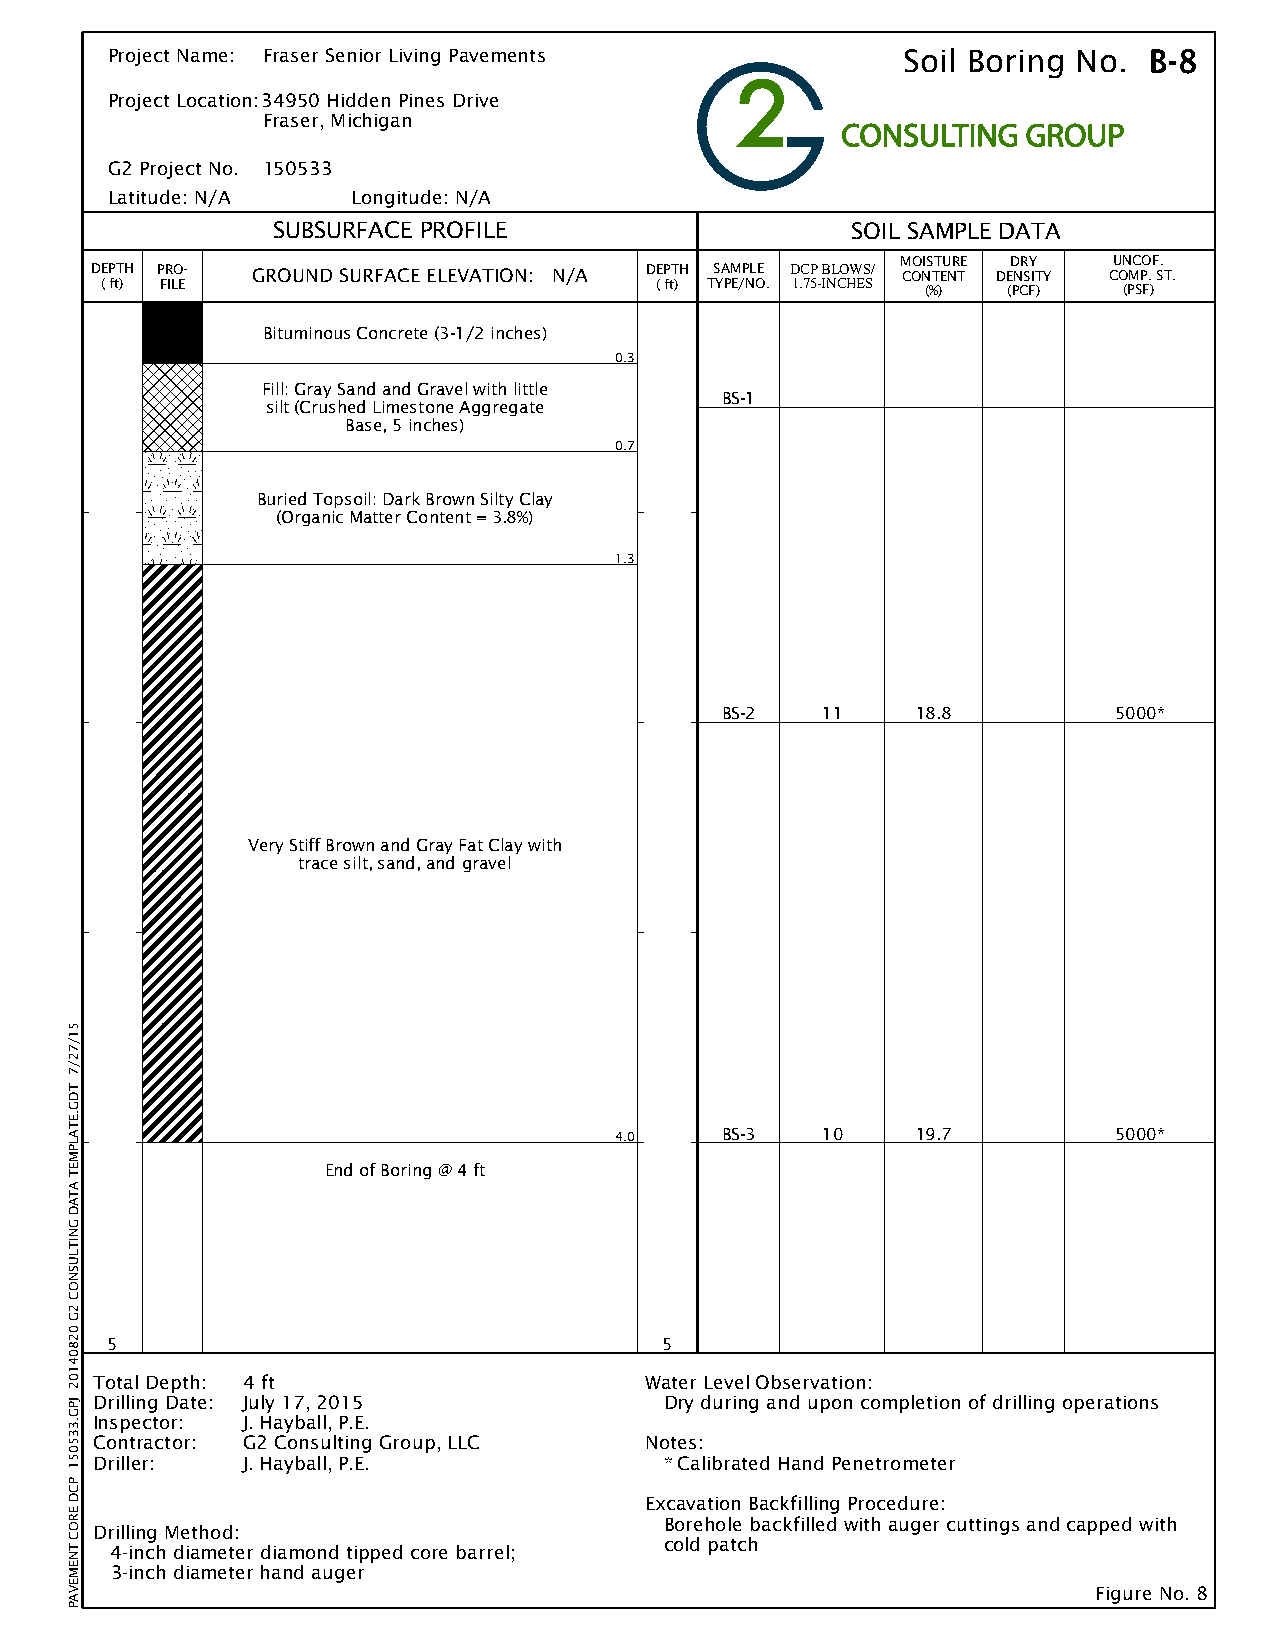
Project Name: Fraser Senior Living Pavements         Soil Boring No. B-8
 Project Location:34950 Hidden Pines Drive
 Fraser, Michigan
 G2 Project No. 150533
 Latitude: N/A   Longitude: N/A
 SUBSURFACE PROFILE                    SOIL SAMPLE DATA
 MOISTURE DRY  UNCOF.
 DEPTH PRO- GROUND SURFACE ELEVATION: N/A DEPTH SAMPLE DCP BLOWS/ CONTENT DENSITY COMP. ST.
 ( ft) FILE                          ( ft) TYPE/NO. 1.75-INCHES (%) (PCF) (PSF)
 Bituminous Concrete (3-1/2 inches)
 0.3
 Fill: Gray Sand and Gravel with little
 BS-1
 silt (Crushed Limestone Aggregate
 Base, 5 inches)
 0.7
 Buried Topsoil: Dark Brown Silty Clay
 (Organic Matter Content = 3.8%)
 1.3
 BS-2  11     18.8         5000*
 Very Stiff Brown and Gray Fat Clay with
 trace silt, sand, and gravel
 4.0    BS-3  10     19.7         5000*
 End of Boring @ 4 ft
 5                                    5
 Total Depth: 4 ft                    Water Level Observation:
 Drilling Date: July 17, 2015          Dry during and upon completion of drilling operations
 Inspector: J. Hayball, P.E.
 Contractor: G2 Consulting Group, LLC Notes:
 Driller:  J. Hayball, P.E.            * Calibrated Hand Penetrometer
 Excavation Backfilling Procedure:
 Borehole backfilled with auger cuttings and capped with
 Drilling Method:
 cold patch
 4-inch diameter diamond tipped core barrel;
 3-inch diameter hand auger
 Figure No. 8
 51/72/7
 TDG.ETALPMET
 ATAD
 GNITLUSNOC
 2G
 02804102
 JPG.335051
 PCD
 EROC
 TNEMEVAP